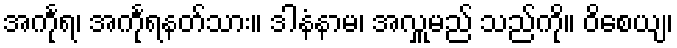
အင်္ကုရ၊ အင်္ကုရနတ်သား။ ဒါနံနာမ၊ အလှူမည် သည်ကို။ ဝိစေယျ၊